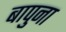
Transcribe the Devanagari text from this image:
बापुना